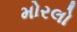
મોરલો